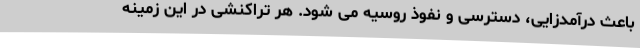
باعث درآمدزایی، دسترسی و نفوذ روسیه می شود. هر تراکنشی در این زمینه